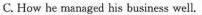
C. How he managed his business well.